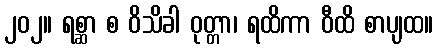
၂၀၂။ ရစ္ဆာ စ ဝိသိခါ ဝုတ္တာ၊ ရထိကာ ဝီထိ စာပျထ။